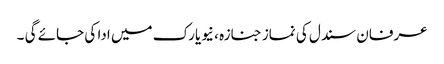
عرفان سندل کی نماز جنازہ ، نیویارک میں ادا کی جائے گی ۔